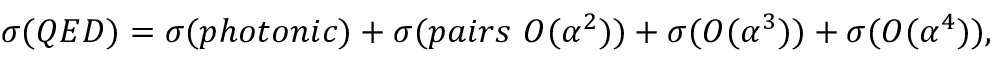
\sigma ( Q E D ) = \sigma ( p h o t o n i c ) + \sigma ( p a i r s ~ { \cal { O } } ( \alpha ^ { 2 } ) ) + \sigma ( { \cal { O } } ( \alpha ^ { 3 } ) ) + \sigma ( { \cal { O } } ( \alpha ^ { 4 } ) ) ,